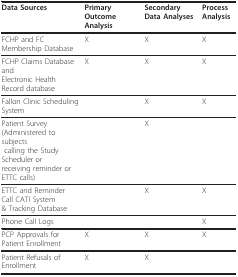
<table><thead><tr><td><b>Data Sources</b></td><td><b>Primary Outcome Analysis</b></td><td><b>Secondary Data Analyses</b></td><td><b>Process Analysis</b></td></tr></thead><tbody><tr><td>FCHP and FC Membership Database</td><td>X</td><td>X</td><td>X</td></tr><tr><td>FCHP Claims Database and Electronic Health Record database</td><td>X</td><td>X</td><td>X</td></tr><tr><td>Fallon Clinic Scheduling System</td><td></td><td>X</td><td>X</td></tr><tr><td>Patient Survey (Administered to subjects calling the Study Scheduler or receiving reminder or ETTC calls)</td><td></td><td>X</td><td></td></tr><tr><td>ETTC and Reminder Call CATI System &amp; Tracking Database</td><td></td><td>X</td><td>X</td></tr><tr><td>Phone Call Logs</td><td></td><td></td><td>X</td></tr><tr><td>PCP Approvals for Patient Enrollment</td><td>X</td><td>X</td><td>X</td></tr><tr><td>Patient Refusals of Enrollment</td><td>X</td><td>X</td><td></td></tr></tbody></table>